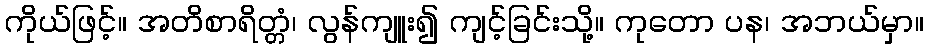
ကိုယ်ဖြင့်။ အတိစာရိတ္တံ၊ လွန်ကျူး၍ ကျင့်ခြင်းသို့။ ကုတော ပန၊ အဘယ်မှာ။